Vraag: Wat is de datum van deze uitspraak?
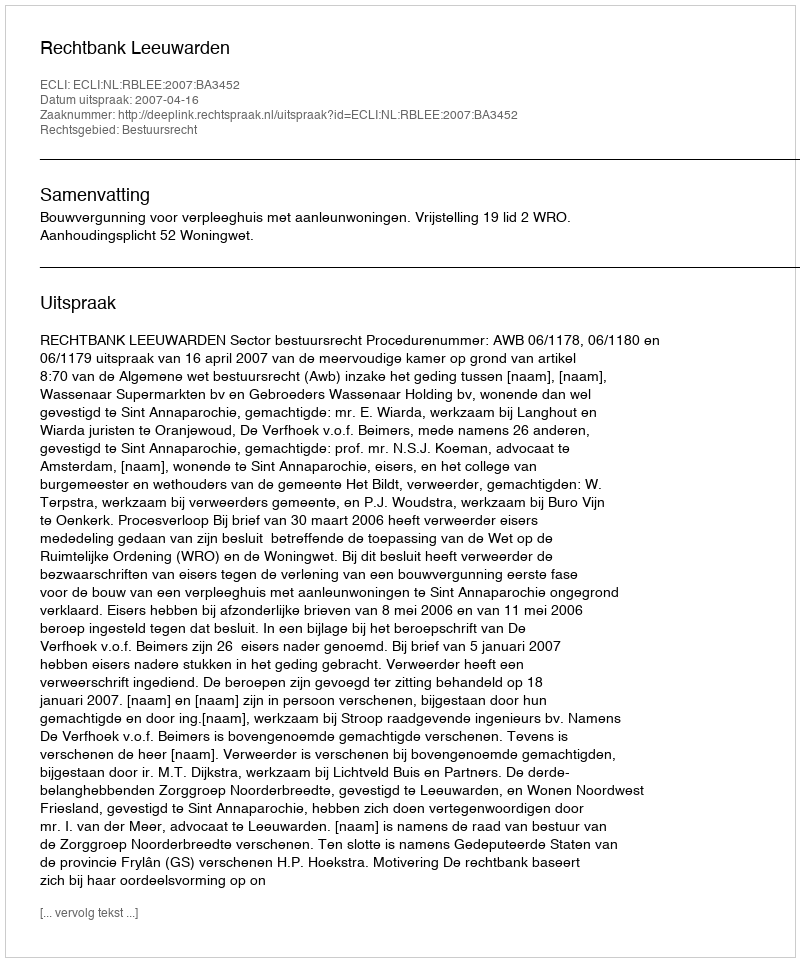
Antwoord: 2007-04-16